Madras plague regulations in force outside the Presidency town - Volume 2
Disease focus: Plague
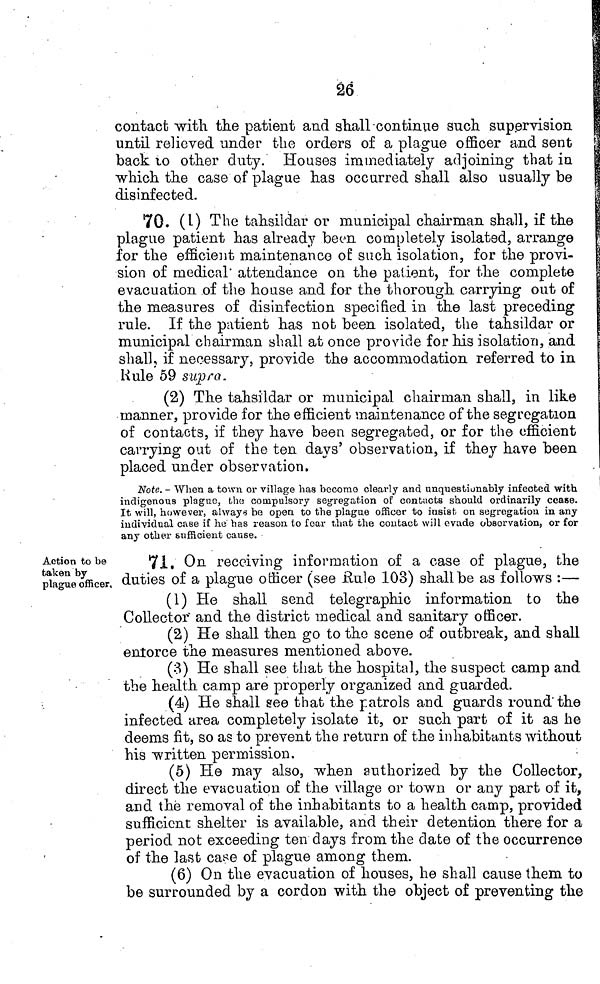
26
contact with the patient and shall continue such supervision
until relieved under the orders of a plague officer and sent
back to other duty. Houses immediately adjoining that in
which the case of plague has occurred shall also usually be
disinfected.
70. (1) The tahsildar or municipal chairman shall, if the
plague patient has already been completely isolated, arrange
for the efficient maintenance o£ such isolation, for the provi-
sion of medical attendance on the patient, for the complete
evacuation of the house and for the thorough carrying out of
the measures of disinfection specified in the last preceding
rule. If the patient has not been isolated, the tahsildar or
municipal chairman shall at once provide for his isolation, and
shall, if necessary, provide the accommodation referred to in
Rule 59 supra.
(2) The tahsildar or municipal chairman shall, in like
manner, provide for the efficient maintenance of the segregation
of contacts, if they have been segregated, or for the efficient
carrying out of the ten days' observation, if they have been
placed under observation.
Note. - When a town or village has become clearly and unquestionably infected with
indigenous plague, the compulsory segregation of contacts should ordinarily cease.
It will, however, always be open to the plague officer to insist on segregation in any
individual case if he has reason to fear that the contact will evade observation, or for
any other sufficient cause.
Action to be
taken by
plague officer.
71. On receiving information of a case of plague, the
duties of a plague officer (see Rule 103) shall be as follows :—
(1) He shall send telegraphic information to the
Collector" and the district medical and sanitary officer.
(2) He shall then go to the scene oí outbreak, and shall
enforce the measures mentioned above.
(3) He shall see that the hospital, the suspect camp and
the health camp are properly organized and guarded.
(4) He shall see that the patrols and guards round the
infected area completely isolate it, or such part of it as he
deems fit, so as to prevent the return of the inhabitants without
his written permission.
(5) He may also, when authorized by the Collector,
direct the evacuation of the village or town or any part of it,
and the removal of the inhabitants to a health camp, provided
sufficient shelter is available, and their detention there for a
period not exceeding ten days from the date of the occurrence
of the last case of plague among them.
(6) On the evacuation of houses, he shall cause them to
be surrounded by a cordon with the object of preventing the